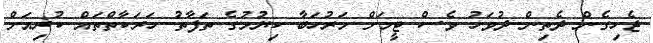
ޖެހިގެން ދެތިން ދުވަހު ވެސް ޓީމަށް މަރުހަބާ ކިޔުމުގެ ތަފާތު ހަރަކާތްތައް ކުރިއަށް